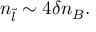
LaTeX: n _ { \tilde { l } } \sim 4 \delta n _ { B } .